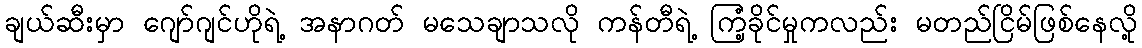
ချယ်ဆီးမှာ ဂျော်ဂျင်ဟိုရဲ့ အနာဂတ် မသေချာသလို ကန်တီရဲ့ ကြံ့ခိုင်မှုကလည်း မတည်ငြိမ်ဖြစ်နေလို့